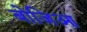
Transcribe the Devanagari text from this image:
बोजिआ